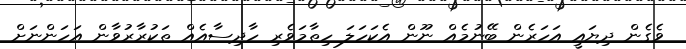
ވެގެން ދިޔައީ އަހަރެން ބޭނުމެއް ނޫން އެކަހަލަ ހިތާމަވެރި ހާދިސާއެއް ތަކުރާރުވާން އަހަންނަށް